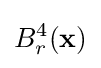
B_{r}^{4}(\mathbf {x} )